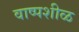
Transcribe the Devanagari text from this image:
वाष्पशीळ